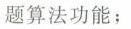
题算法功能；